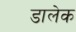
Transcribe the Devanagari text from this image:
डालेक